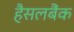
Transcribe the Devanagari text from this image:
हैसलबैंक